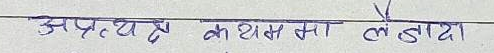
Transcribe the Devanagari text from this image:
अप्रत्यक्ष कसरी मा लैजादा